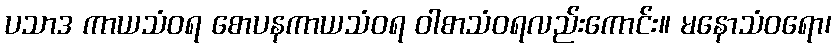
ပသာဒ ကာယသံဝရ စောပနကာယသံဝရ ဝါစာသံဝရလည်းကောင်း။ မနောသံဝရော၊